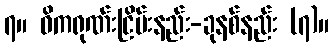
၇။ ဓိကရုဏ်းငြိမ်းနည်း-ခုနစ်နည်း (၇)။